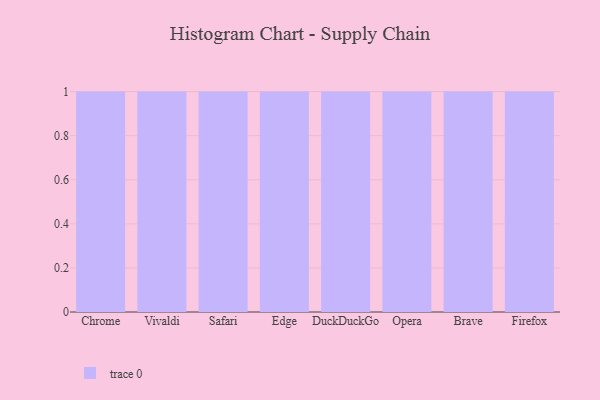
{"axis": {"x": "Browser", "y": "Budget (USD K)"}, "legend": [""], "data": [{"x": "Chrome", "y": 94, "type": ""}, {"x": "Vivaldi", "y": 100, "type": ""}, {"x": "Safari", "y": 13, "type": ""}, {"x": "Edge", "y": 13, "type": ""}, {"x": "DuckDuckGo", "y": 15, "type": ""}, {"x": "Opera", "y": 96, "type": ""}, {"x": "Brave", "y": 72, "type": ""}, {"x": "Firefox", "y": 98, "type": ""}]}